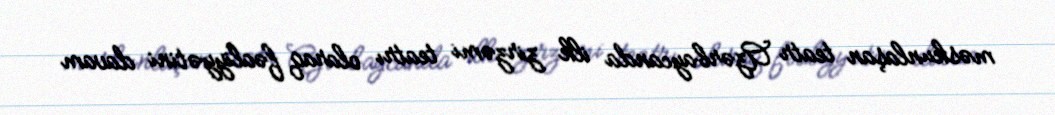
məskunlaşan teatr Azərbaycanda ilk zirzəmi teatrı olaraq fəaliyyətini davam